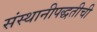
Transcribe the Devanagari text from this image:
संस्थानीपद्धतीची